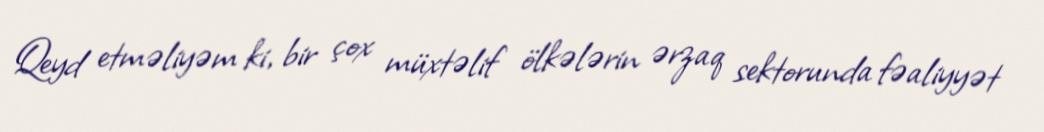
Qeyd etməliyəm ki, bir çox müxtəlif ölkələrin ərzaq sektorunda fəaliyyət